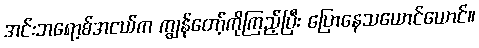
အင်းဘရော့စ်အငယ်က ကျွန်တော့်ကိုကြည့်ပြီး ပြောနေသယောင်ယောင်။